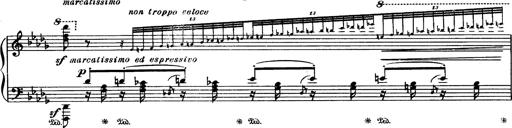
Title: Paraphrase de concert sur Rigoletto
Composer: Franz Liszt